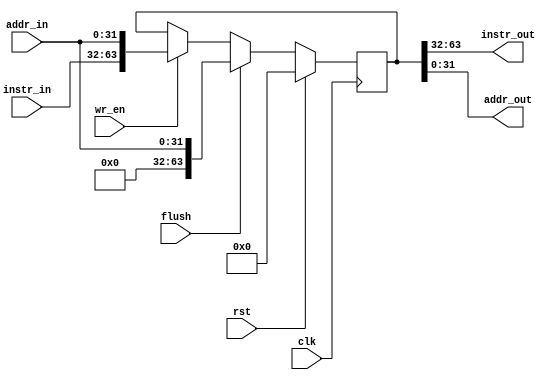
/*
! no TB yet. VERIFY BEFORE RUNS

FIGURE 4.35 The pipelined version of the datapath in

Section 4.7 Assume Branch Not Taken - why we flush.

READ:
instr_out will feed 32 bits out instead of several outputs.
this cuts down on our code and number of wires. we can have one and choose 
    a number of bits from this single output


*/

module IF_ID_reg (
	input clk,
    input rst,
    input wr_en,				//write
    input flush,				//see sec 4.7 for why we need a flush
    input [31:0] instr_in,
    output [31:0] instr_out,    //outputs can't be regs otherwise we're limited to clk
    input [31:0] addr_in,
    output [31:0] addr_out
);

parameter N = 64;	//unsure about size so parameterized. prob 64 bits

reg [N-1:0] pipeline_data;	//first half instr, second half address

//we need to always be updating our internal data. converted to one liner
//assign instr_out = data[(N/2)-1:0];
//assign addr_out = data[N-1:(N/2)];

assign {instr_out, addr_out} = pipeline_data;

always @ (posedge clk) begin
	if (rst) pipeline_data <= 0;

	else if (flush) pipeline_data <= {32'b0, addr_in};

	else if (wr_en) pipeline_data <= {instr_in, addr_in};
end

endmodule